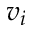
v _ { i }